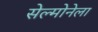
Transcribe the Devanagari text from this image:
सेल्मोनेला